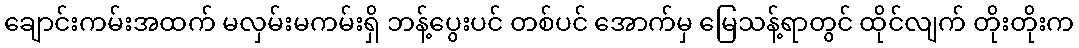
ချောင်းကမ်းအထက် မလှမ်းမကမ်းရှိ ဘန့်ပွေးပင် တစ်ပင် အောက်မှ မြေသန့်ရာတွင် ထိုင်လျက် တိုးတိုးက